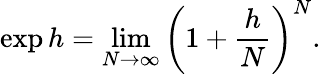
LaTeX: \exp h=\operatorname*{lim}_{N\to\infty}\left(1+{\frac{h}{N}}\right)^{N}.